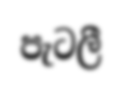
පැටලී